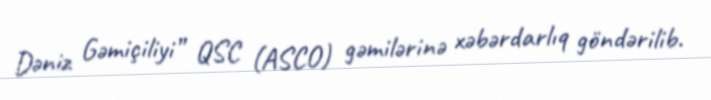
Dəniz Gəmiçiliyi” QSC (ASCO) gəmilərinə xəbərdarlıq göndərilib.